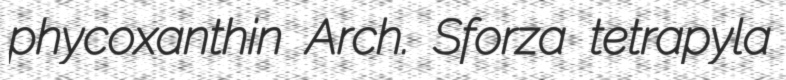
phycoxanthin Arch. Sforza tetrapyla